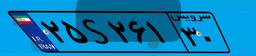
۱۷S۸۶۹۲۵